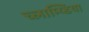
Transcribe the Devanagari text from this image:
च्लाम्य्डिया